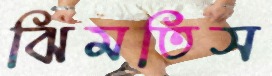
ঝিমতিস